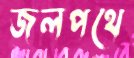
জলপথে